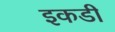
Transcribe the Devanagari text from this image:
इकडी